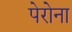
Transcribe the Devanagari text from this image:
पेरोना